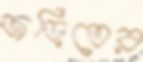
জড়িতের